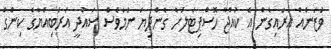
ވަޒަނެއް އަރައިގެން އެ ކުއްޖާ ހޮސްޕިޓަލަށް ގެންދިޔަ ނަމަވެސް ސައުދީ އަރަބިއްޔާގެ ކިންގް